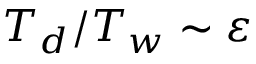
T _ { d } / T _ { w } \sim { \varepsilon }